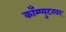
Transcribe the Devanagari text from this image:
काँम्प्युटरवर